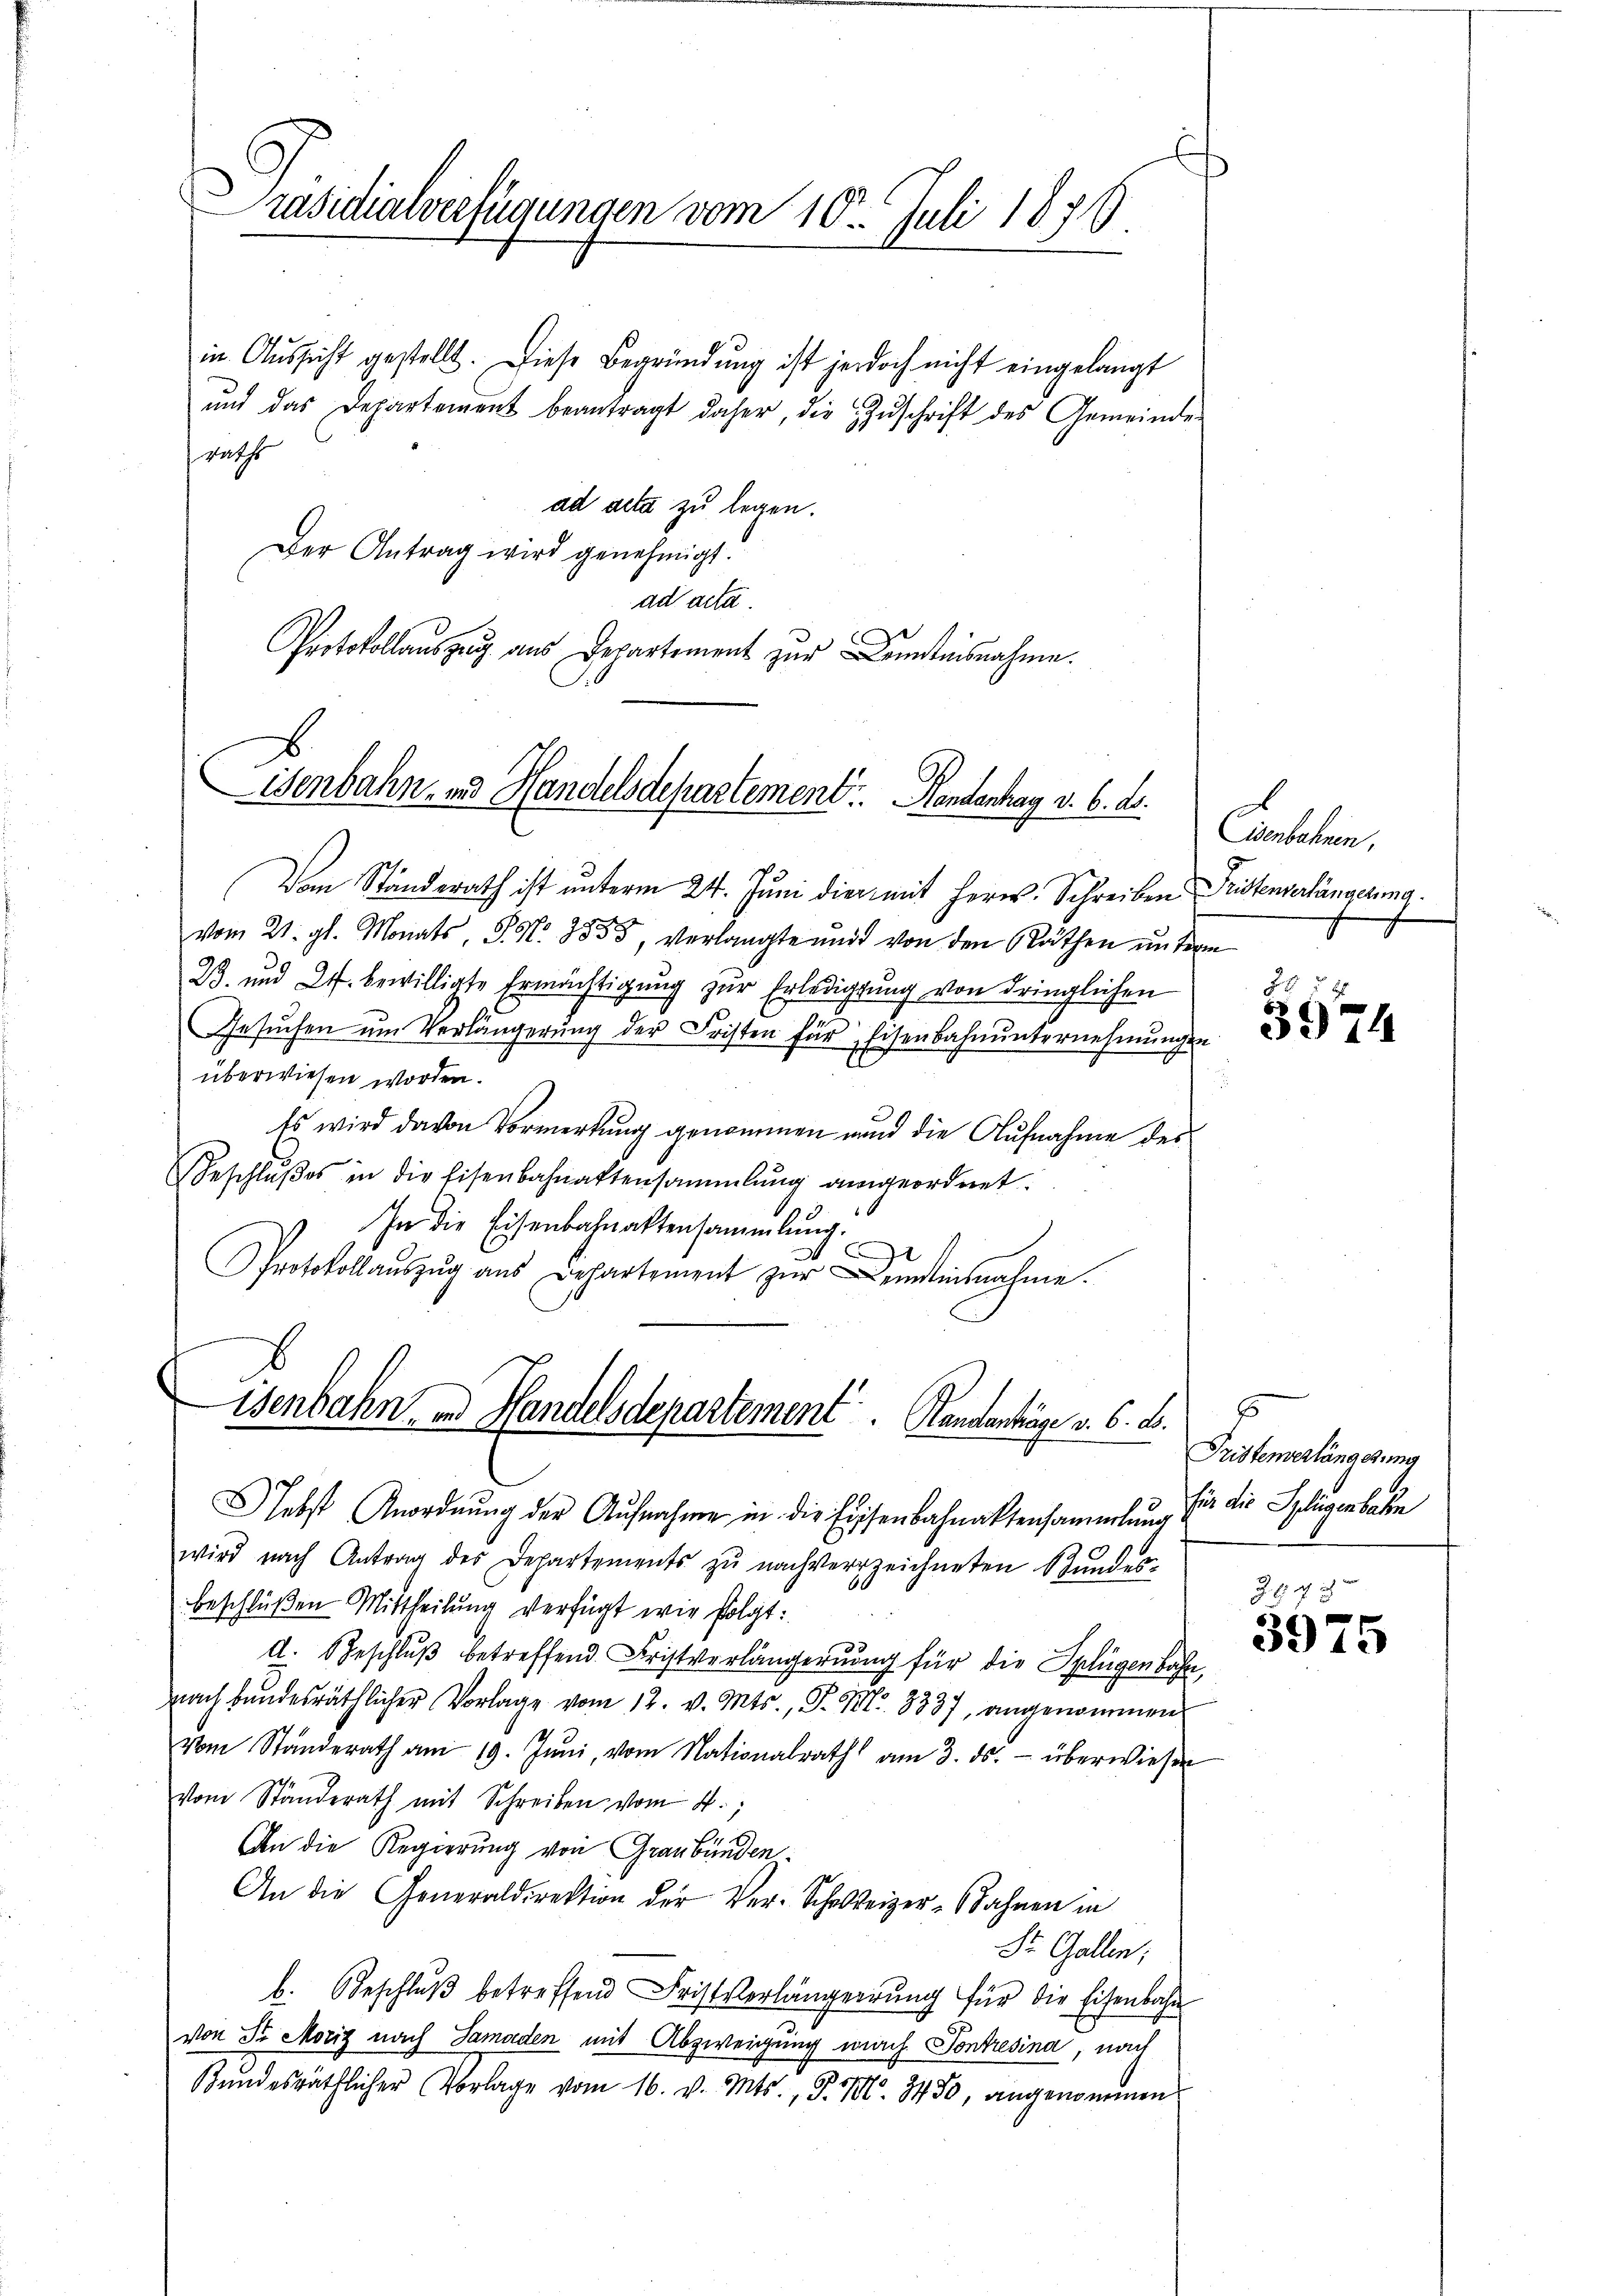
räsidialverfügungen vom 10. Juli 1879.

in Aussicht gestellt. Diese Begründung ist jedoch nicht eingelangt
ŭnd das Departement beantragt daher, die Zŭschrift des Gemeinde
wascht
ad acta zu legen.
Der Antrag wird genehmigt.
ad acta
Protokollauszug aus Departement zur Kenntnisnahme.
Von Ständerath ist unterm 24. Juni die mit Herr Schreiben Fristenverlängerma
vom 21. gl. Monats, S. Nr. 1855, verlangte und von den Räthen unterm
23. und 2. bewilligte Ermächtigung zur Erledigung von dringlichen
Gesuchen um Verlängerung der Fristen für Eisenbahnunternehmungen
überwiesen worden.
Es wird davon Vormerkung genommen und die Aufnahme des
Beschlŭβes in die Eisenbahnaktensammlung angeordnet.
In die Eisenbahnaktensammlung.
d
Protokollaŭszŭg aŭs Departement zŭr Landinsnahme.
isenbahn, in Handelsdepartement. Handanträge v. 6. d.
lebst Anordnŭng der Aŭfnahme in die Eisenbahnaktensammlung
wird nach Antrag des Departements zŭ nachverzeichneten Stundes-
beschlüßen Mittheilung verfügt wir folgt:
d. Beschlŭβ betreffend Fristverlängerung für die Splügenbahn,
nach bundesräthlicher Vorlage vom 12. v. Mts., P. Nr. 8337, angenommen
Vom Standerath am 19. Jŭni, vom Nationalrath am 3. ds. überwiesen
vom Ständerath mit Schreiben vom 4.
An die Regierung von Graubünden¬
An die Generaldirektion der Ver-Schreizer-Bahnen in
St. Gallen;
b. Beschlŭβ betreffend Frist Verlängerung für die Eisenbahn
von Sr. Moriz nach Samaden mit Abzweigung mich Pontresina, nach
Bundesräthlicher Vorlage vom 16. v. Mts., J. M. 3450, angenommen

Wenbahn- und Handelsdepartement. Handenhag v. 6. d. Eisenbahnen,

29
58
3374

s
Fristenverlängstung
für die Splügenbahn

3575